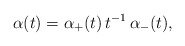
\begin{align*}\alpha(t)=\alpha_+(t) \, t^{-1} \, \alpha_-(t),\end{align*}